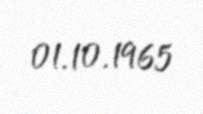
01.10.1965